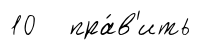
10 пра́в'ить